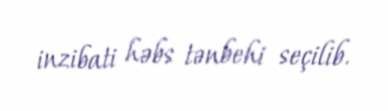
inzibati həbs tənbehi seçilib.